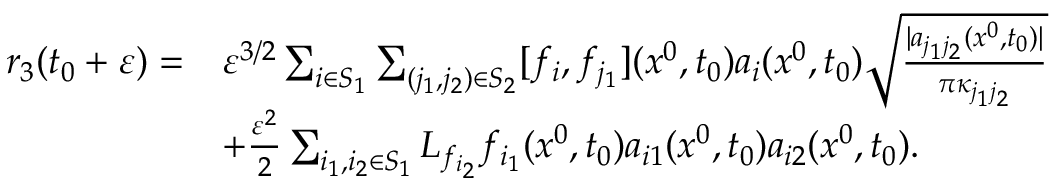
\begin{array} { r l } { r _ { 3 } ( t _ { 0 } + \varepsilon ) = } & { \varepsilon ^ { 3 / 2 } \sum _ { i \in S _ { 1 } } \sum _ { { ( j _ { 1 } , j _ { 2 } ) \in S _ { 2 } } } [ f _ { i } , f _ { j _ { 1 } } ] ( x ^ { 0 } , t _ { 0 } ) a _ { i } ( x ^ { 0 } , t _ { 0 } ) \sqrt { \frac { | a _ { j _ { 1 } j _ { 2 } } ( x ^ { 0 } , t _ { 0 } ) | } { \pi \kappa _ { j _ { 1 } j _ { 2 } } } } } \\ & { + \frac { \varepsilon ^ { 2 } } { 2 } \sum _ { i _ { 1 } , i _ { 2 } \in S _ { 1 } } L _ { f _ { i _ { 2 } } } f _ { i _ { 1 } } ( x ^ { 0 } , t _ { 0 } ) a _ { i 1 } ( x ^ { 0 } , t _ { 0 } ) a _ { i 2 } ( x ^ { 0 } , t _ { 0 } ) . } \end{array}